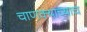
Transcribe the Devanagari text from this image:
चाणक्याच्याच